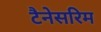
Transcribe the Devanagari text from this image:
टैनेसरिम